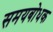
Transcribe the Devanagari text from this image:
समयबोधक